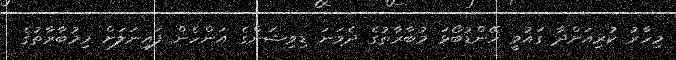
މިހާރު ކުރިއަށްދާ ގައުމީ ހޭންޑުބޯޅަ މުބާރާތުގެ ދެވަނަ ޑިވިޝަންގެ އަންހެން ފައިނަލަށް މިމުބާރާތުގެ